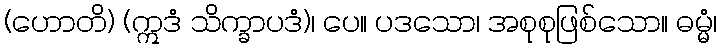
(ဟောတိ) (ဣဒံ သိက္ခာပဒံ)၊ ပေ။ ပဒသော၊ အစုစုဖြစ်သော။ ဓမ္မံ၊